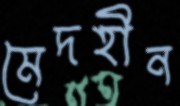
মেদহীন